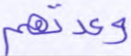
وعدتهم